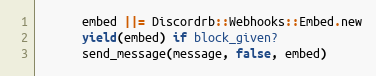
Language: Ruby
      embed ||= Discordrb::Webhooks::Embed.new
      yield(embed) if block_given?
      send_message(message, false, embed)